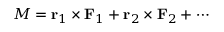
M = \mathbf { r } _ { 1 } \times \mathbf { F } _ { 1 } + \mathbf { r } _ { 2 } \times \mathbf { F } _ { 2 } + \cdots